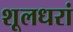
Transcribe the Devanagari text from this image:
शूलधरां